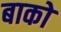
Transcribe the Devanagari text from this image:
बाको